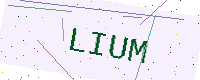
Text: LIUM